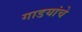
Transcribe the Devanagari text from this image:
गाडयांचे